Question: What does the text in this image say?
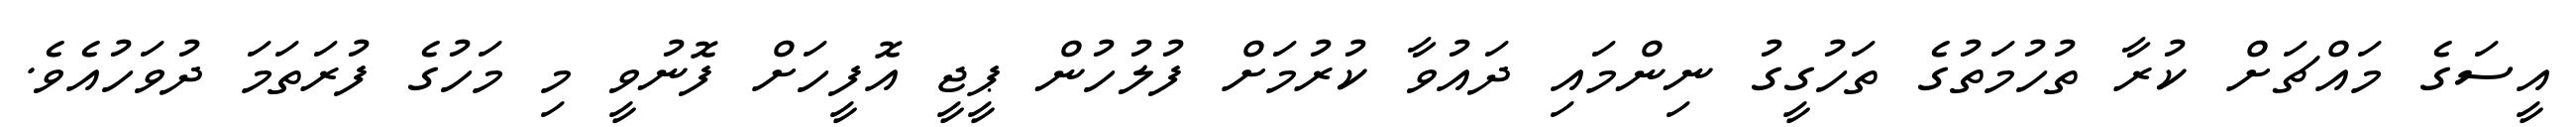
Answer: އީސަގެ މައްޗަށް ކުރާ ތުހުމަތުގެ ތަހުގީގު ނިންމައި ދައުވާ ކުރުމަށް ފުލުހުން ޕީޖީ އޮފީހަށް ފޮނުވީ މި މަހުގެ ފުރަތަމަ ދުވަހުއެވެ.